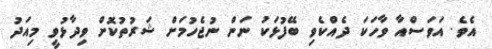
އެވެ. އަވަސްއާ ވާހަކަ ދެއްކެވި ބޭފުޅަކު ނަން ނުޖެހުމަށް ޝަރުތުކޮށް ވިދާޅުވީ މިއަދު